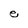
Character: e